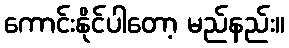
ကောင်းနိုင်ပါတော့ မည်နည်း။